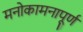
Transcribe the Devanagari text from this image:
मनोकामनापूर्ण